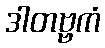
ဒါတဗ္ဗကံ